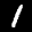
Label: 1